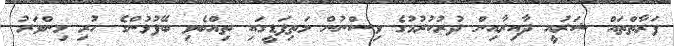
ފަރާތްތައް ޝަރުއީ ދާއިރާއިން ދުރުކުރުމުގެ ވިސްނުން މަތިފަޑީގައި ތިއްބެވި ބޭފުޅުންގެ ހުރި މިންވަރު